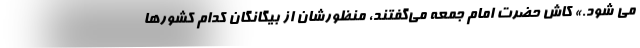
می شود.» کاش حضرت امام جمعه می‌گفتند، منظورشان از بیگانگان کدام کشورها